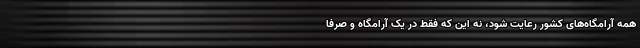
همه آرامگاه‌های کشور رعایت شود، نه این که فقط در یک آرامگاه و صرفا